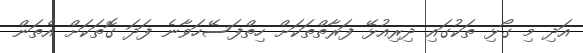
އަދި މި ގޯޅި ތަކުގައި ދިރިއުޅޭ ފަރާތްތަކަށް ހިތްފަސޭހަވާނެ ފަދަ ގޮތަކަށް އެތަން